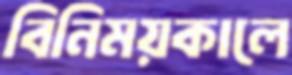
বিনিময়কালে